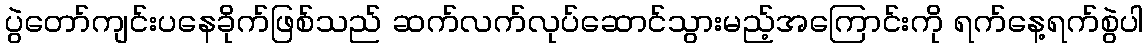
ပွဲတော်ကျင်းပနေခိုက်ဖြစ်သည် ဆက်လက်လုပ်ဆောင်သွားမည့်အကြောင်းကို ရက်နေ့ရက်စွဲပါ